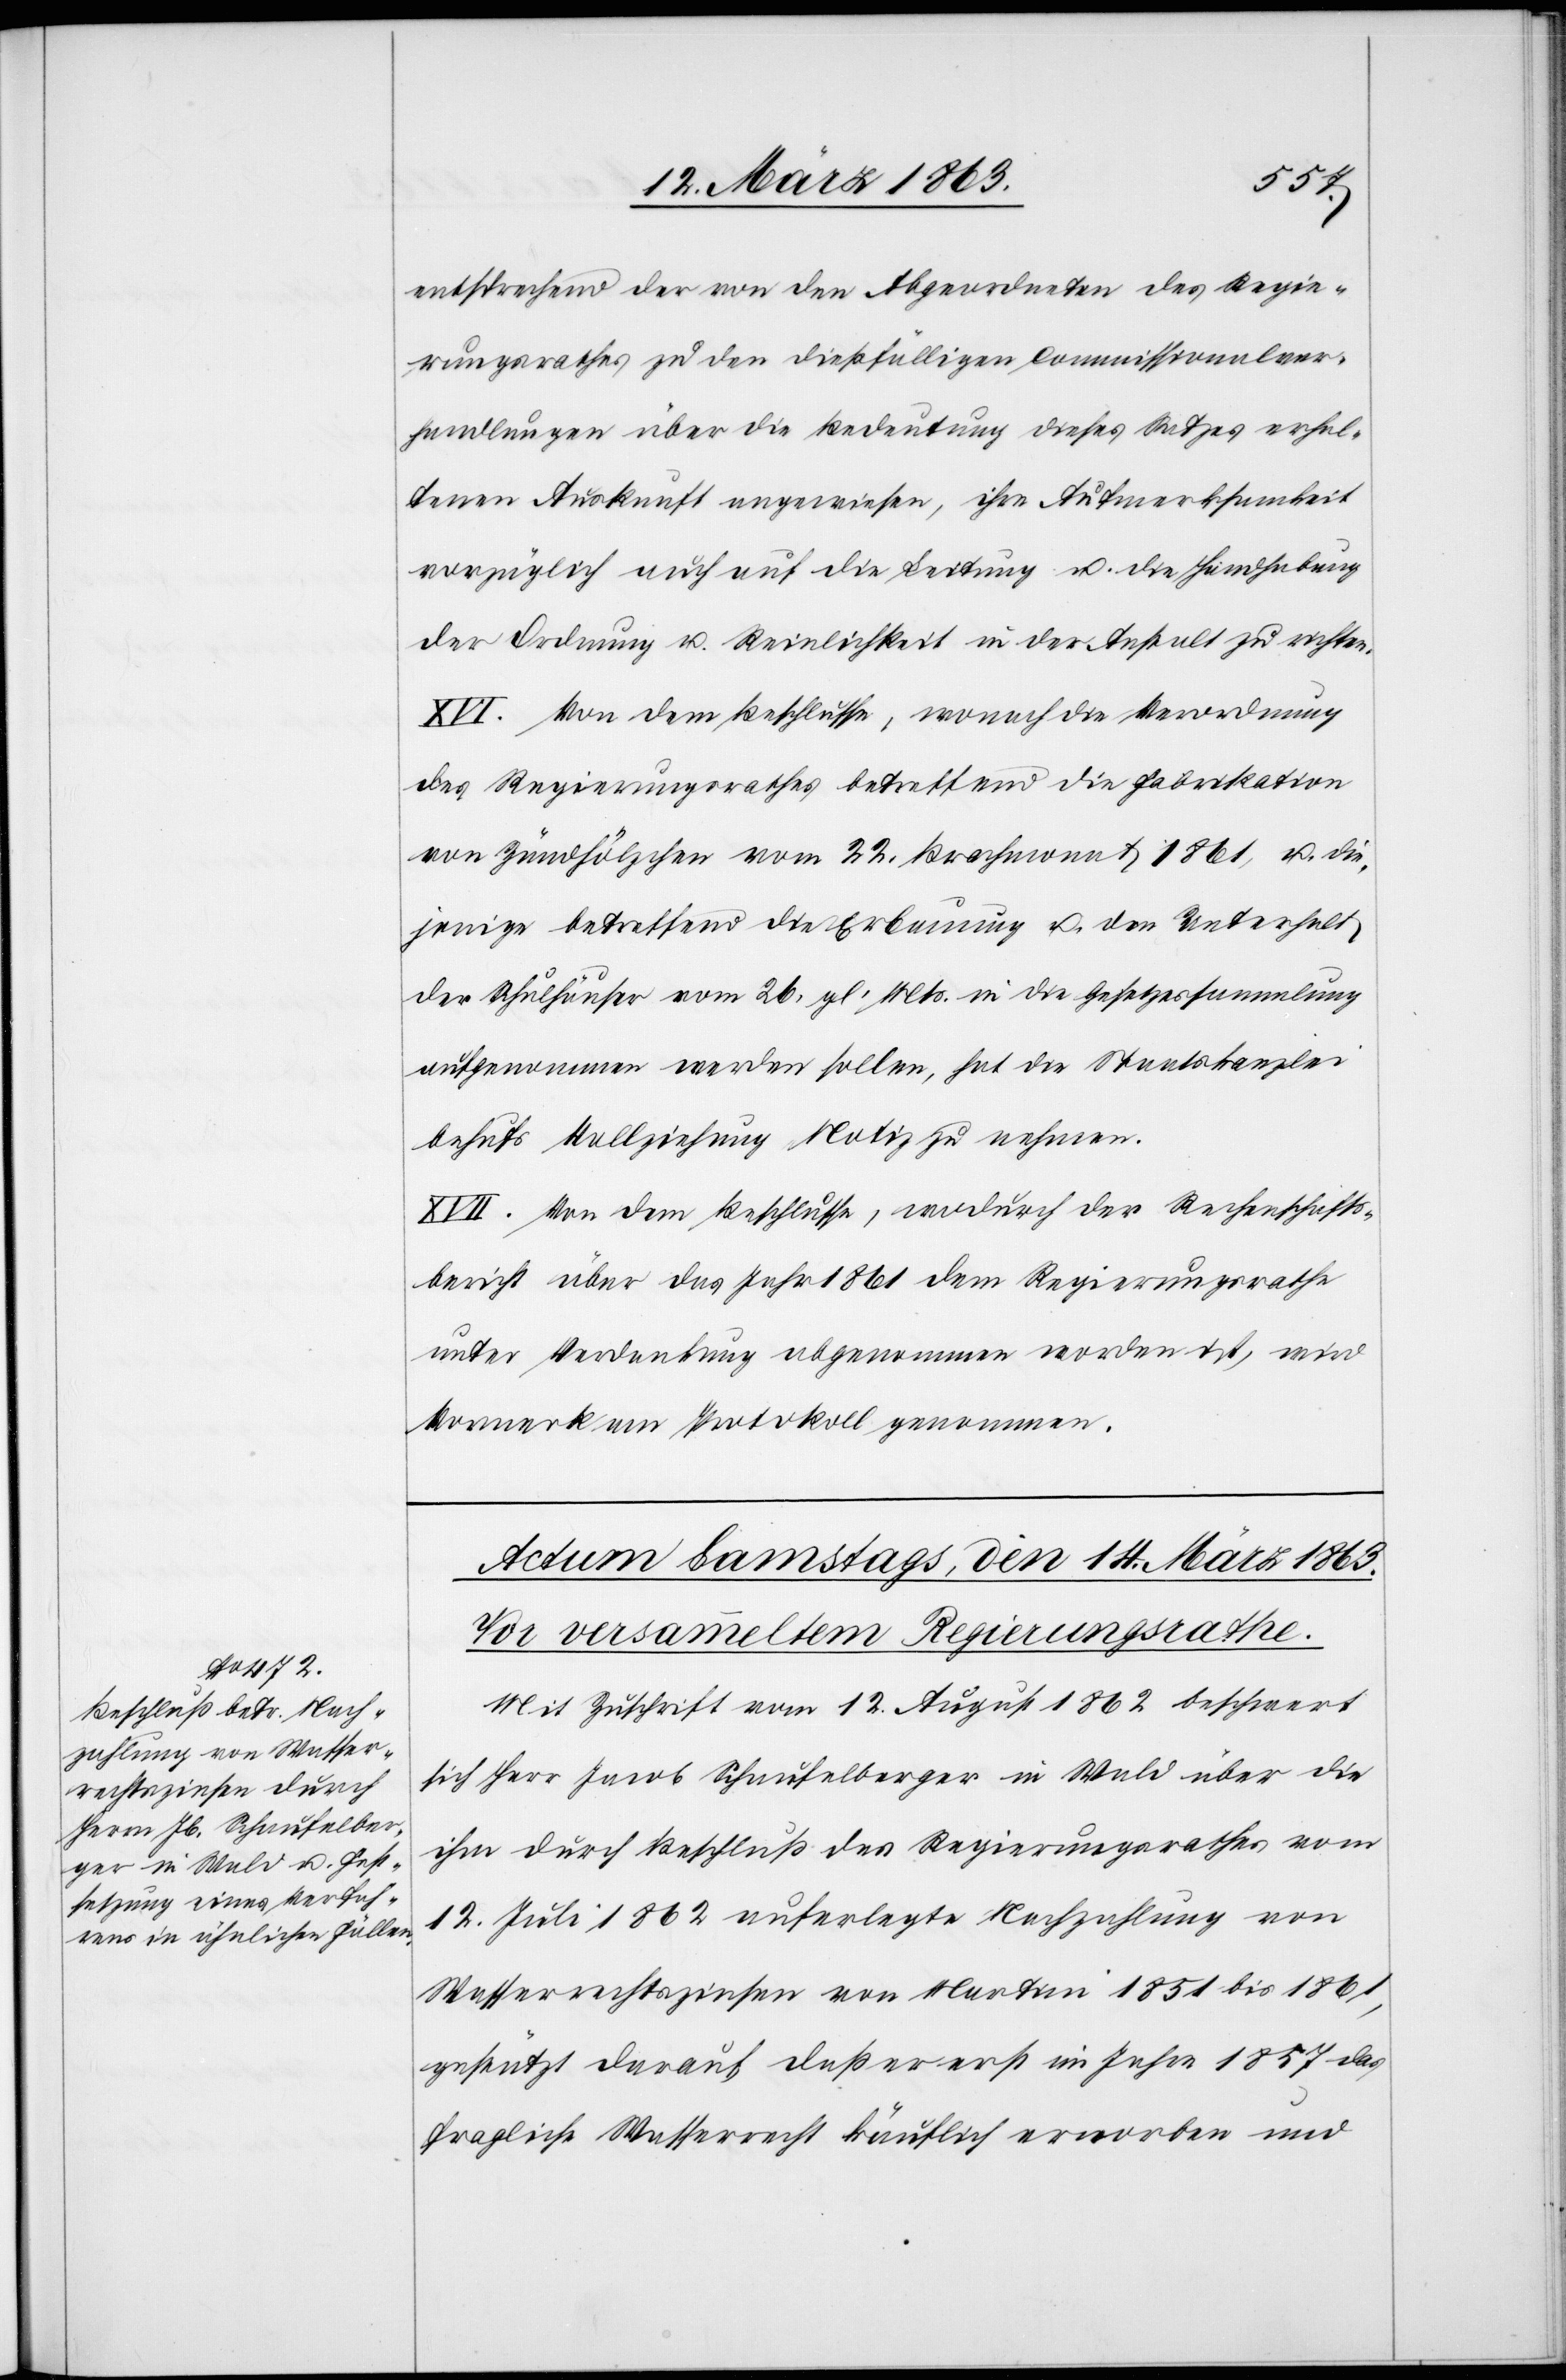
entsprechend der von den Abgeordneten des Regie¬
rungsrathes zu den dießfälligen Commissionalver¬
handlungen über die Bedeutung dieses Satzes erhal¬
tenen Auskunft angewiesen, ihre Aufmerksamkeit
vorzüglich auch auf die Leitung u. die Handhabung
der Ordnung u. Reinlichkeit in der Anstalt zu richten.
XVI. Von dem Beschlusse, wonach die Verordnung
des Regierungsrathes betreffend die Fabrikation
von Zündhölzchen vom 22. Brachmonat 1861, u. die¬
jenige betreffend die Erbauung u. den Unterhalt
der Schulhäuser vom 26. gl. Mts. in die Gesetzessammlung
aufgenommen werden sollen, hat die Staatskanzlei
behufs Vollziehung Notiz zu nehmen.
XVII. Von dem Beschlusse, wodurch der Rechenschafts¬
bericht über das Jahr 1861 dem Regierungsrathe
unter Verdankung abgenommen worden ist, wird
Vormerk am Protokoll genommen.
Mit Zuschrift vom 12. August 1862 beschwert
sich Herr Jacob Schaufelberger in Wald über die
ihm durch Beschluß des Regierungsrathes vom
12. Juli 1862 auferlegte Nachzahlung von
Wasserrechtszinsen von Martini 1851 bis 1861,
gestützt darauf, daß er erst im Jahre 1857 das
fragliche Wasserrecht käuflich erworben und